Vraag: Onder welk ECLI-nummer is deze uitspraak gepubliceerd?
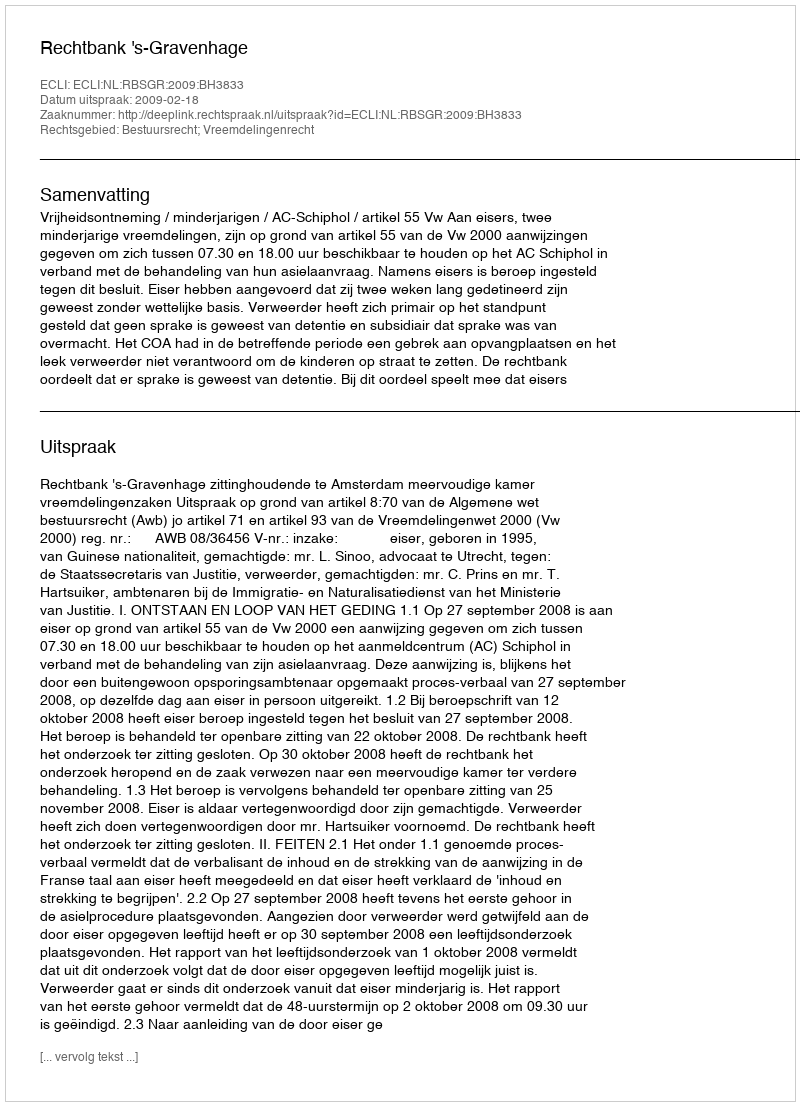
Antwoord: ECLI:NL:RBSGR:2009:BH3833